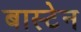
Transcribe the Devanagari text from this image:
बास्टेन